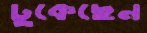
ঢুকেছেন